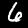
Digit: 6